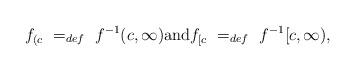
LaTeX: \begin{align*}f_{(c} \ =_{def} \ f^{-1}(c,\infty) \mbox{and} f_{[c} \ =_{def} \ f^{-1}[c,\infty),\end{align*}